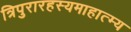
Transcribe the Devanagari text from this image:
त्रिपुरारहस्यमाहात्म्य